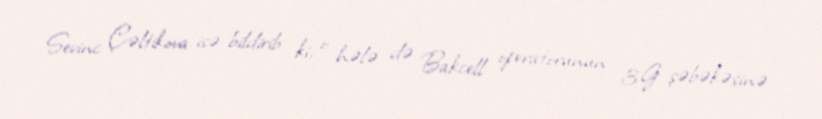
Sevinc Çəltikova isə bildirib ki, o hələ də Bakcell operatorunun 3G şəbəkəsinə